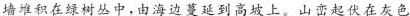
墙堆积在绿树丛中，由海边蔓延到高坡上。山峦起伏在灰色